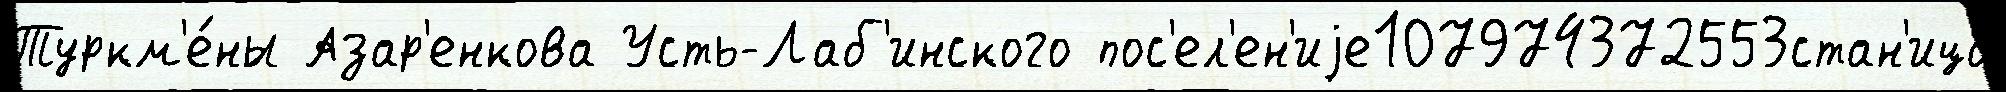
Туркм'е́ны Азар'енкова Усть-Лаб'инского пос'ел'ен'иjе107974372553стан'ица